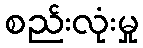
စည်းလုံးမှု